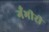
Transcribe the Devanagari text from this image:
गँभीरी